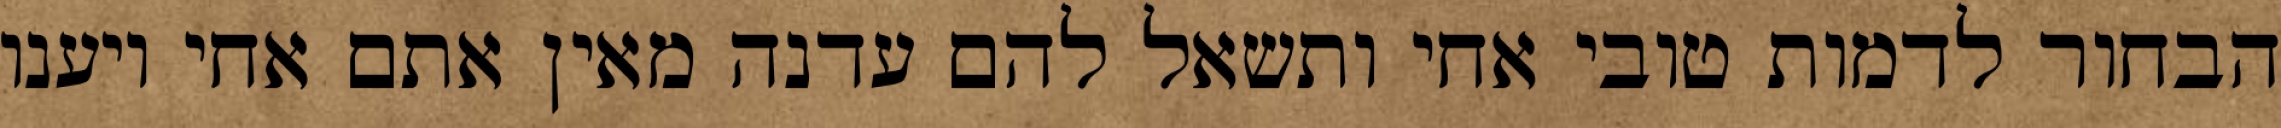
הבחור לדמות טובי אחי ותשאל להם עדנה מאין אתם אחי ויענו